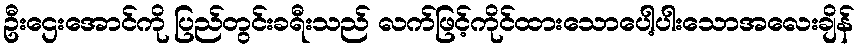
ဦးဌေးအောင်ကို ပြည်တွင်းခရီးသည် လက်ဖြင့်ကိုင်ထားသောပေါ့ပါးသောအလေးချိန်